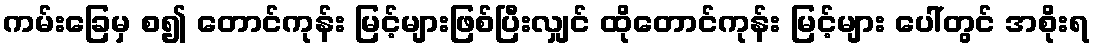
ကမ်းခြေမှ စ၍ တောင်ကုန်း မြင့်များဖြစ်ပြီးလျှင် ထိုတောင်ကုန်း မြင့်များ ပေါ်တွင် အစိုးရ